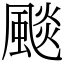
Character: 颷